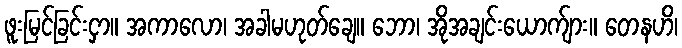
ဖူးမြင်ခြင်းငှာ။ အကာလော၊ အခါမဟုတ်ချေ။ ဘော၊ အိုအချင်းယောက်ျား။ တေနဟိ၊